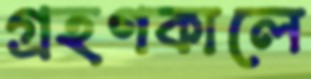
গ্রহণকালে